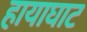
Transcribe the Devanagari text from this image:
हायाघाट